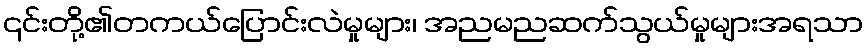
၎င်းတို့၏တကယ်ပြောင်းလဲမှုများ၊ အညမညဆက်သွယ်မှုများအရသာ